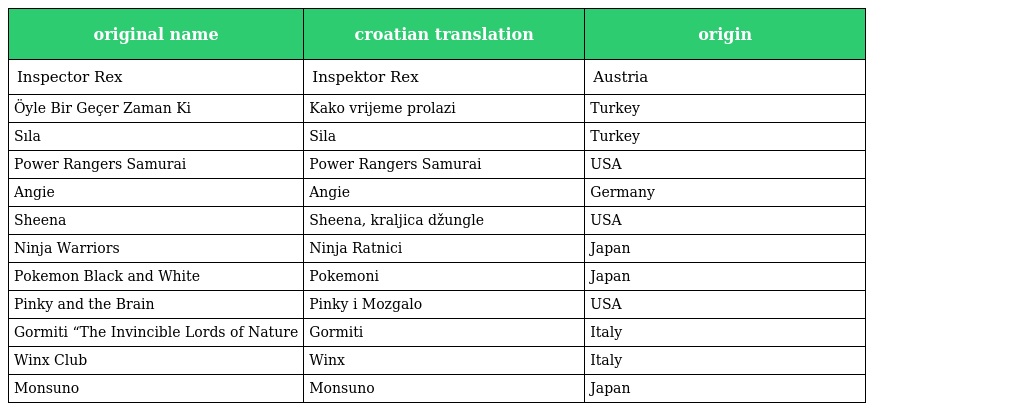
| original name | croatian translation | origin |
 | --- | --- | --- |
 | Inspector Rex | Inspektor Rex | Austria |
 | Öyle Bir Geçer Zaman Ki | Kako vrijeme prolazi | Turkey |
 | Sıla | Sila | Turkey |
 | Power Rangers Samurai | Power Rangers Samurai | USA |
 | Angie | Angie | Germany |
 | Sheena | Sheena, kraljica džungle | USA |
 | Ninja Warriors | Ninja Ratnici | Japan |
 | Pokemon Black and White | Pokemoni | Japan |
 | Pinky and the Brain | Pinky i Mozgalo | USA |
 | Gormiti “The Invincible Lords of Nature | Gormiti | Italy |
 | Winx Club | Winx | Italy |
 | Monsuno | Monsuno | Japan |